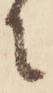
に